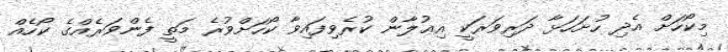
މިކޯހަށް އެދި ހުށަހަޅާ ދަރިވަރަކީ އިޢުލާން ކުރެވިފައިވާ ކޯހަށްވުރެ މަތީ ފެންވަރެއްގެ ކޯހެއް